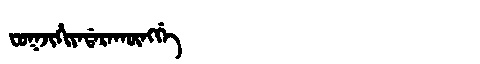
Manchu: ᠸᠣᡴᠵᡳᡥᡳᠶᠠᡩᠠᡵᠠᡴᡡᠩᡤᡝ
Romanization: FOKJIHIYADARAKŪNGGE